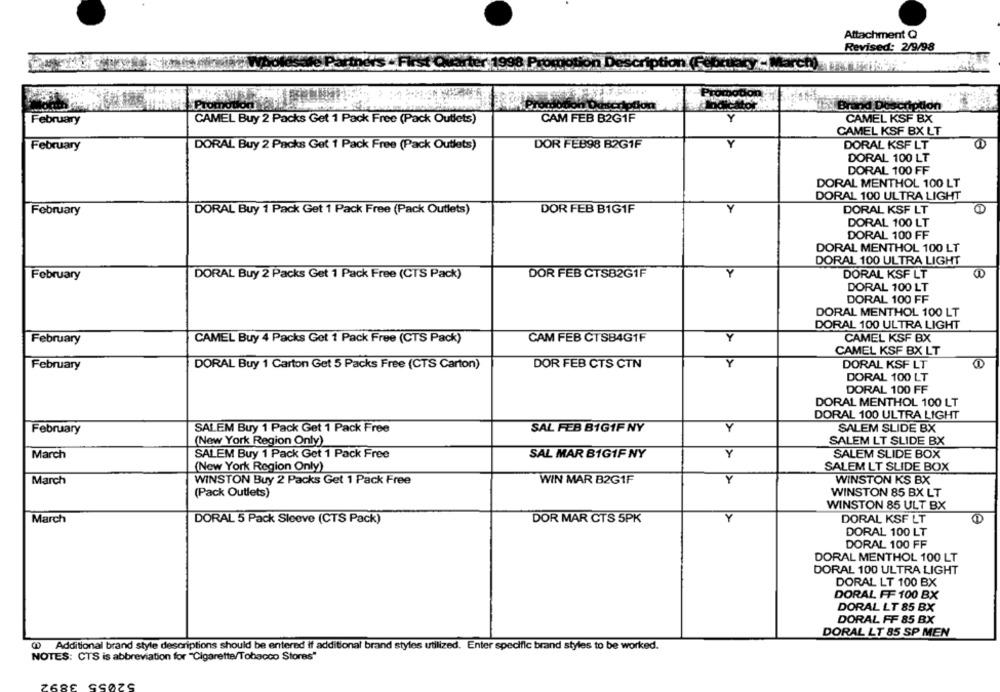
Attachment Q
Revised: 2/9/98
Promotion
ption
larch)
erption
Mor
Brand Description
CAMEL KSF BX
February
CAMEL Buy 2 Packs Get 1 Pack Free (Pack Outlets)
CAM FEB B2G1F
CAMEL KSF BX LT
DOR FEB98 B2G1F
Y
DORAL KSF LT
February
DORAL Buy 2 Packs Get 1 Pack Free (Pack Outlets)
DORAL 100 LT
DORAL 100 FF
DORAL MENTHOL 100 LT
DORAL 100 ULTRA LIGHT
Y
February
DORAL Buy 1 Pack Get 1 Pack Free (Pack Outlets)
DOR FEB B1G1F
DORAL KSF LT
DORAL 100 LT
DORAL 100 FF
DORAL MENTHOL 100 LT
DORAL 100 ULTRA LIGHT
February
DORAL Buy 2 Packs Get 1 Pack Free (CTS Pack)
DOR FEB CTS82G1F
Y
DORAL KSF LT
DORAL 100 LT
DORAL 100 FF
DORAL MENTHOL 100 LT
DORAL 100 ULTRA LIGHT
February
CAM FEB CTSB4G1F
Y
CAMEL KSF BX
CAMEL Buy 4 Packs Got 1 Pack Free (CTS Pack)
CAMEL KSF BX LT
February
DORAL Buy 1 Carton Get 5 Packs Free (CTS Carton)
DOR FEB CTS CTN
Y
DORAL KSF LT
DORAL 100 LT
DORAL 100 FF
DORAL MENTHOL 100 LT
DORAL 100 ULTRA LIGHT
SALEM Buy 1 Pack Get 1 Pack Free
SAL FEB B1G1F NY
Y
SALEM SLIDE BX
February
(New York Region Only)
SALEM LT SLIDE BX
March
SALEM Buy 1 Pack Get 1 Pack Free
SAL MAR B1G1F NY
Y
SALEM SLIDE BOX
(New York Region Only)
SALEM LT SLIDE BOX
March
WINSTON Buy 2 Packs Get 1 Pack Free
WIN MAR B2G1F
Y
WINSTON KS BX
(Pack Outlets)
WINSTON 85 BX LT
WINSTON 85 ULT BX
Y
DORAL KSF LT
March
DORAL 5 Pack Sleeve (CTS Pack)
DOR MAR CTS 5PK
DORAL 100 LT
DORAL 100 FF
DORAL MENTHOL 100 LT
DORAL 100 ULTRA LIGHT
DORAL LT 100 BX
DORAL FF 100 BX
DORAL LT 85 BX
DORAL FF 85 BX
DORAL LT 85 SP MEN
Additional brand style descriptions should be entered if additional brand styles utilized. Enter specific brand styles to be worked.
NOTES: CTS is abbreviation for "Cigarette/Tobacco Stores"